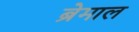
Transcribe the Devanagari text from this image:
ब्रेमाल